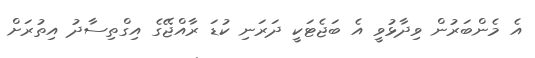
އެ މެންބަރުން ވިދާޅުވީ އެ ބަޖެޓަކީ ދަރަނި ކުޑަ ރާއްޖޭގެ އިގްތިސާދު އިތުރަށް